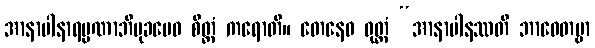
အာနာပါနာရမ္မဏာဘိမုခမေဝ စိတ္တံ ကရောတိ။ တေနေဝ ဝုတ္တံ “အာနာပါနဿတိ ဘာဝေတဗ္ဗာ